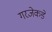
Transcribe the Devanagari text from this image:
गरजेकडे